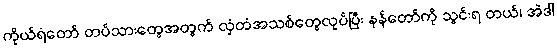
ကိုယ်ရံတော် တပ်သားတွေအတွက် လှံတံအသစ်တွေလုပ်ပြီး နန်တော်ကို သွင်းရ တယ်၊ အဲဒါ